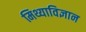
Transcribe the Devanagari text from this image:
मिथ्याविज्ञान